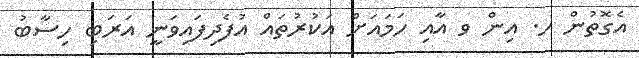
އެގޮތުން ހ. އިން ވ އާއި ހަމައަށް އަކުރުތައް އުފެދިފައިވަނީ އަރަބި ހިސާބު